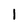
Character: 1